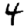
Digit: 4